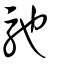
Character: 馳